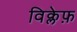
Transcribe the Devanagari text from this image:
विक्लेफ़